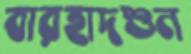
বারহাদশুন